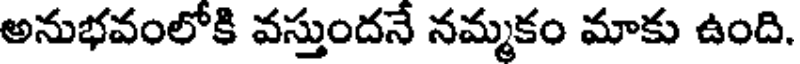
అనుభవంలోకి వస్తుందనే నమ్మకం మాకు ఉంది.